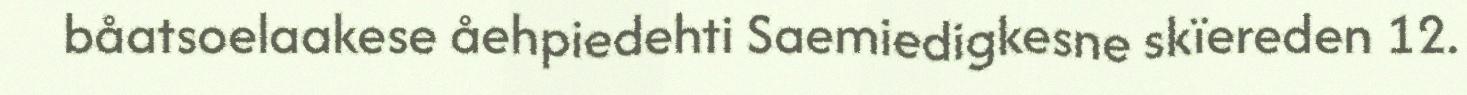
båatsoelaakese åehpiedehti Saemiedigkesne skïereden 12.